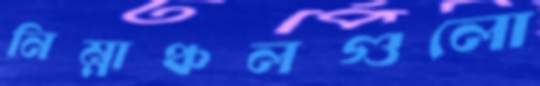
নিম্নাঞ্চলগুলো